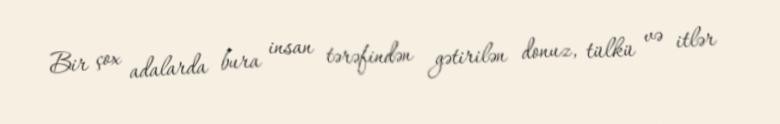
Bir çox adalarda bura insan tərəfindən gətirilən donuz, tülkü və itlər